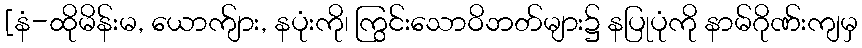
[နံ-ထိုမိန်းမ, ယောက်ျား, နပုံးကို၊ ကြွင်းသောဝိဘတ်များ၌ နပြုပုံကို နာမ်ဂိုဏ်းကျမှ